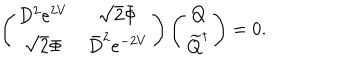
\left( \begin{array} { c c } { { D ^ { 2 } e ^ { 2 V } } } & { { \sqrt { 2 } \bar { \Phi } } } \\ { { \sqrt { 2 } \Phi } } & { { \bar { D } ^ { 2 } e ^ { - 2 V } } } \\ \end{array} \right) \left( \begin{array} { c } { { Q } } \\ { { \widetilde { Q } ^ { \dagger } } } \\ \end{array} \right) = 0 .